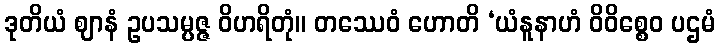
ဒုတိယံ ဈာနံ ဥပသမ္ပဇ္ဇ ဝိဟရိတုံ။ တဿေဝံ ဟောတိ ‘ယံနူနာဟံ ဝိဝိစ္စေဝ ပဌမံ